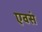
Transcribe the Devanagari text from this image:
एवसं